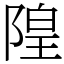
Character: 隍